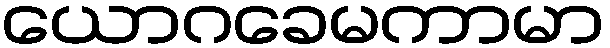
ယောဂခေမကာမာ